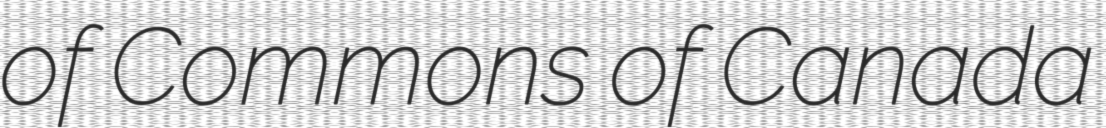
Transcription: of Commons of Canada